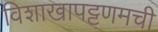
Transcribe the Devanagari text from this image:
विशाखापट्टणमची